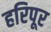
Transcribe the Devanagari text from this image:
हरिपूर